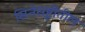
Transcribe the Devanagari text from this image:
सिनेसॄष्टीतील